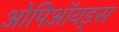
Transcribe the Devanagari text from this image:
ओपिऑयड्स